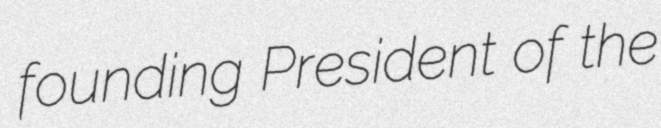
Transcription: founding President of the